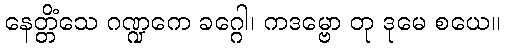
နေတ္တိံသေ ဂဏ္ဍကေ ခဂ္ဂေါ၊ ကဒမ္ဗော တု ဒုမေ စယေ။